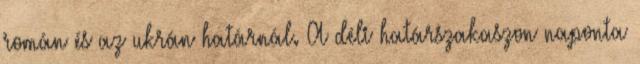
román és az ukrán határnál. A déli határszakaszon naponta